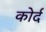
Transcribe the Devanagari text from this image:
कोर्द